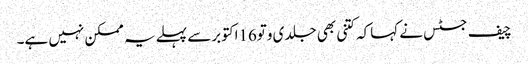
چیف جسٹس نے کہاکہ کتنی بھی جلدی وتو16اکتوبرسے پہلے یہ ممکن نہیں ہے۔